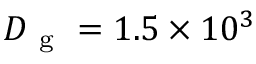
D _ { \mathrm { ~ g ~ } } = 1 . 5 \times 1 0 ^ { 3 }